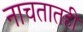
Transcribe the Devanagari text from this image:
नाचतातही